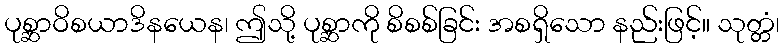
ပုစ္ဆာဝိစယာဒိနယေန၊ ဤသို့ ပုစ္ဆာကို စိစစ်ခြင်း အစရှိသော နည်းဖြင့်။ သုတ္တံ၊